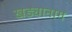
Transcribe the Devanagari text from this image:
खड्यानाग